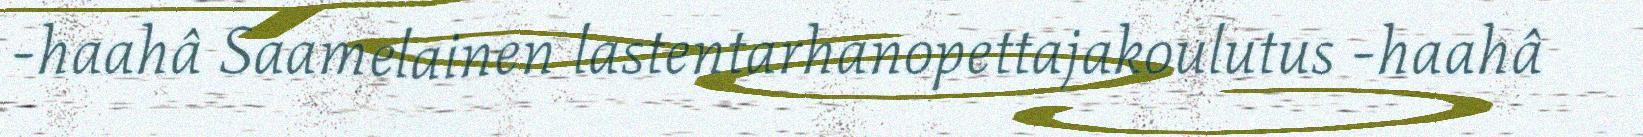
-haahâ Saamelainen lastentarhanopettajakoulutus -haahâ